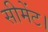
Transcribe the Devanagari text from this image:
सीमेंट।